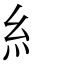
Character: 糹